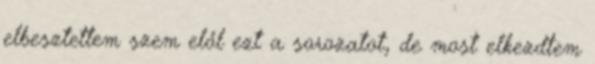
elbesztettem szem elől ezt a sorozatot, de most elkezdtem